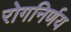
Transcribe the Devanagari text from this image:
रोगनिर्णय